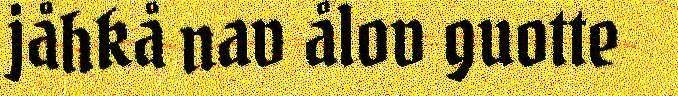
jåhkå nav ålov guotte